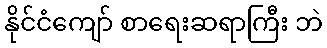
နိုင်ငံကျော် စာရေးဆရာကြီး ဘဲ